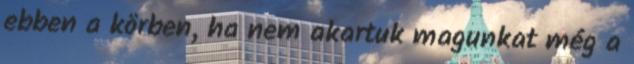
ebben a körben, ha nem akartuk magunkat még a